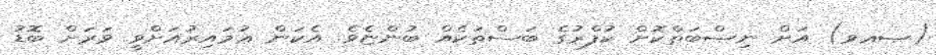
(ޞޢވ) އަށް ނިޞްބަތްކޮށް ކުފްރުގެ ބަސްތަކެއް ބުންޏެވެ. އެކަން ޢުމައިރުއަށްވީ ވަރަށް ބޮޑު